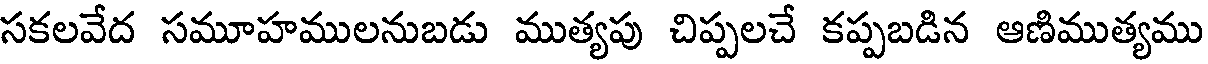
సకలవేద సమూహములనుబడు ముత్యపు చిప్పలచే కప్పబడిన ఆణిముత్యము